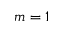
m = 1